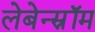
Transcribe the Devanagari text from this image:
लेबेन्स्रॉम